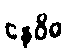
နေဝိဓ